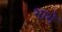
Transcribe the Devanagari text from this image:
भाभे